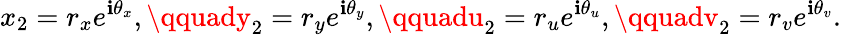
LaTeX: x_{2}=r_{x}e^{\mathbf{i}\theta_{x}},\qquady_{2}=r_{y}e^{\mathbf{i}\theta_{y}},\qquadu_{2}=r_{u}e^{\mathbf{i}\theta_{u}},\qquadv_{2}=r_{v}e^{\mathbf{i}\theta_{v}}.